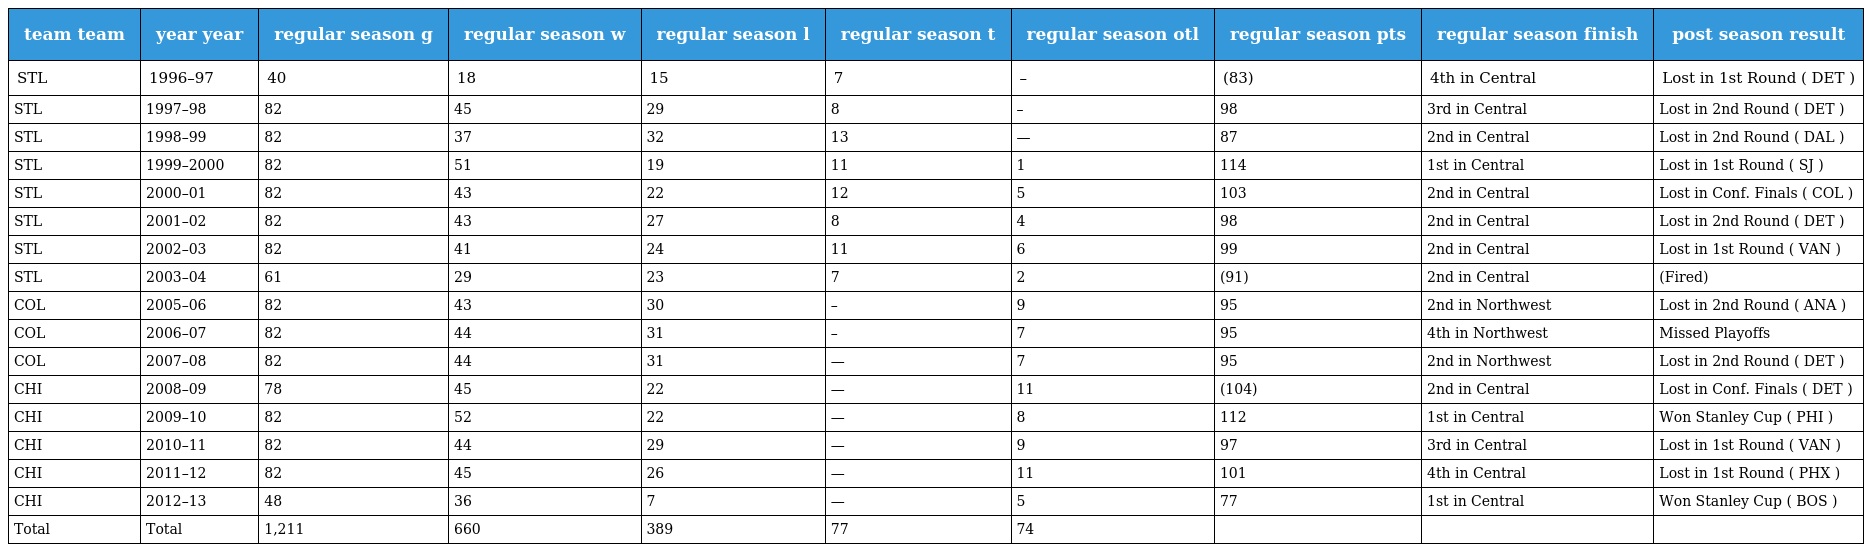
| team team | year year | regular season g | regular season w | regular season l | regular season t | regular season otl | regular season pts | regular season finish | post season result |
 | --- | --- | --- | --- | --- | --- | --- | --- | --- | --- |
 | STL | 1996–97 | 40 | 18 | 15 | 7 | – | (83) | 4th in Central | Lost in 1st Round ( DET ) |
 | STL | 1997–98 | 82 | 45 | 29 | 8 | – | 98 | 3rd in Central | Lost in 2nd Round ( DET ) |
 | STL | 1998–99 | 82 | 37 | 32 | 13 | — | 87 | 2nd in Central | Lost in 2nd Round ( DAL ) |
 | STL | 1999–2000 | 82 | 51 | 19 | 11 | 1 | 114 | 1st in Central | Lost in 1st Round ( SJ ) |
 | STL | 2000–01 | 82 | 43 | 22 | 12 | 5 | 103 | 2nd in Central | Lost in Conf. Finals ( COL ) |
 | STL | 2001–02 | 82 | 43 | 27 | 8 | 4 | 98 | 2nd in Central | Lost in 2nd Round ( DET ) |
 | STL | 2002–03 | 82 | 41 | 24 | 11 | 6 | 99 | 2nd in Central | Lost in 1st Round ( VAN ) |
 | STL | 2003–04 | 61 | 29 | 23 | 7 | 2 | (91) | 2nd in Central | (Fired) |
 | COL | 2005–06 | 82 | 43 | 30 | – | 9 | 95 | 2nd in Northwest | Lost in 2nd Round ( ANA ) |
 | COL | 2006–07 | 82 | 44 | 31 | – | 7 | 95 | 4th in Northwest | Missed Playoffs |
 | COL | 2007–08 | 82 | 44 | 31 | — | 7 | 95 | 2nd in Northwest | Lost in 2nd Round ( DET ) |
 | CHI | 2008–09 | 78 | 45 | 22 | — | 11 | (104) | 2nd in Central | Lost in Conf. Finals ( DET ) |
 | CHI | 2009–10 | 82 | 52 | 22 | — | 8 | 112 | 1st in Central | Won Stanley Cup ( PHI ) |
 | CHI | 2010–11 | 82 | 44 | 29 | — | 9 | 97 | 3rd in Central | Lost in 1st Round ( VAN ) |
 | CHI | 2011–12 | 82 | 45 | 26 | — | 11 | 101 | 4th in Central | Lost in 1st Round ( PHX ) |
 | CHI | 2012–13 | 48 | 36 | 7 | — | 5 | 77 | 1st in Central | Won Stanley Cup ( BOS ) |
 | Total | Total | 1,211 | 660 | 389 | 77 | 74 |  |  |  |